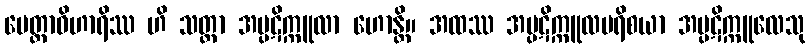
မေတ္တာဝိဟာရိဿ ဟိ သတ္တာ အပ္ပဋိက္ကူလာ ဟောန္တိ။ အထဿ အပ္ပဋိက္ကူလပရိစယာ အပ္ပဋိက္ကူလေသု